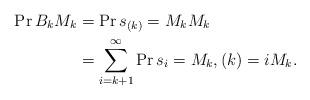
LaTeX: \begin{align*} \Pr{B_k}{M_k} &= \Pr{s_{(k)}=M_k}{M_k}\\ &= \sum_{i=k+1}^\infty\Pr{s_i=M_k, (k)=i}{M_k}. \end{align*}